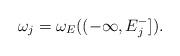
LaTeX: \begin{align*}\omega_j = \omega_E((-\infty, E_j^-]).\end{align*}